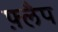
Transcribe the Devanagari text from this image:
फ़्लैप